Indian journal of veterinary science and animal husbandry - Volumes 22-23, 1952-1953
Year: 1952
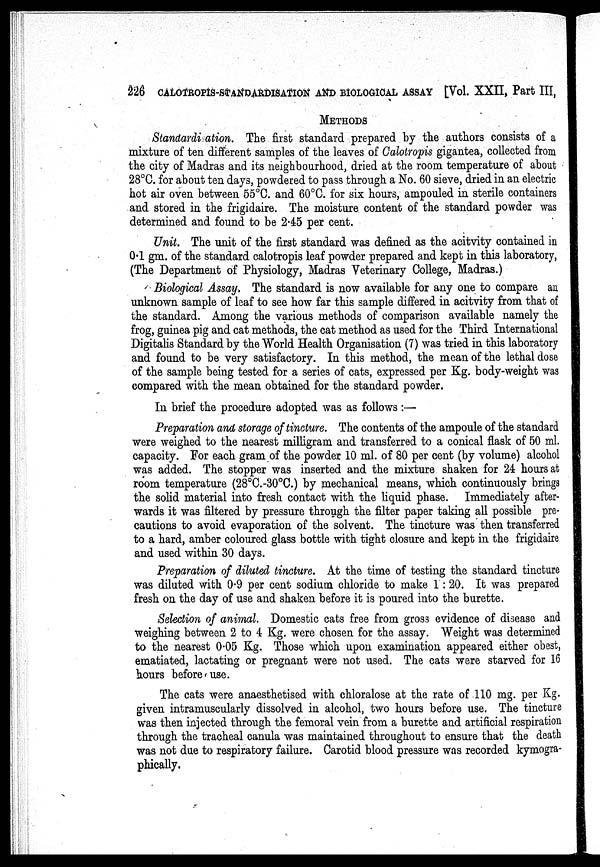
226 CALOTROPIS-STANDARDISATION AND BIOLOGICAL ASSAY [Vol. XXII, Part III,
METHODS
Standardi ation. The first standard prepared by the authors consists of a
mixture of ten different samples of the leaves of Calotropis gigantea, collected from
the city of Madras and its neighbourhood, dried at the room temperature of about
28°C. for about ten days, powdered to pass through a No. 60 sieve, dried in an electric
hot air oven between 55°C. and 60°C. for six hours, ampouled in sterile containers
and stored in the frigidaire. The moisture content of the standard powder was
determined and found to be 2.45 per cent.
Unit. The unit of the first standard was defined as the acitvity contained in
0.1 gm. of the standard calotropis leaf powder prepared and kept in this laboratory,
(The Department of Physiology, Madras Veterinary College, Madras.)
Biological Assay. The standard is now available for any one to compare an
unknown sample of leaf to see how far this sample differed in acitvity from that of
the standard. Among the various methods of comparison available namely the
frog, guinea pig and cat methods, the cat method as used for the Third International
Digitalis Standard by the World Health Organisation (7) was tried in this laboratory
and found to be very satisfactory. In this method, the mean of the lethal dose
of the sample being tested for a series of cats, expressed per Kg. body-weight was
compared with the mean obtained for the standard powder.
In brief the procedure adopted was as follows :—
Preparation and storage of tincture. The contents of the ampoule of the standard
were weighed to the nearest milligram and transferred to a conical flask of 50 ml.
capacity. For each gram of the powder 10 ml. of 80 per cent (by volume) alcohol
was added. The stopper was inserted and the mixture shaken for 24 hours at
room temperature (28°C.-30°C.) by mechanical means, which continuously brings
the solid material into fresh contact with the liquid phase. Immediately after-
wards it was filtered by pressure through the filter paper taking all possible pre-
cautions to avoid evaporation of the solvent. The tincture was then transferred
to a hard, amber coloured glass bottle with tight closure and kept in the frigidaire
and used within 30 days.
Preparation of diluted tincture. At the time of testing the standard tincture
was diluted with 0.9 per cent sodium chloride to make 1:20. It was prepared
fresh on the day of use and shaken before it is poured into the burette.
Selection of animal. Domestic cats free from gross evidence of disease and
weighing between 2 to 4 Kg. were chosen for the assay. Weight was determined
to the nearest 0.05 Kg. Those which upon examination appeared either obest,
ematiated, lactating or pregnant were not used. The cats were starved for 16
hours before use.
The cats were anaesthetised with chloralose at the rate of 110 mg. per Kg.
given intramuscularly dissolved in alcohol, two hours before use. The tincture
was then injected through the femoral vein from a burette and artificial respiration
through the tracheal canula was maintained throughout to ensure that the death
was not due to respiratory failure. Carotid blood pressure was recorded kymogra-
phically.